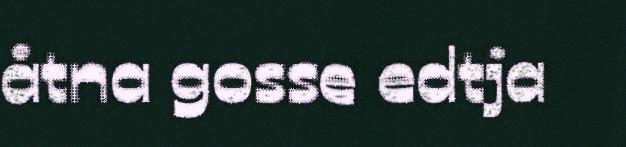
åtna gosse edtja